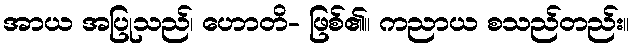
အာယ အပြုသည်၊ ဟောတိ- ဖြစ်၏။ ကညာယ စသည်တည်း။